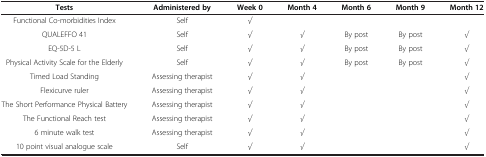
<table><thead><tr><td><b>Tests</b></td><td><b>Administered by</b></td><td><b>Week 0</b></td><td><b>Month 4</b></td><td><b>Month 6</b></td><td><b>Month 9</b></td><td><b>Month 12</b></td></tr></thead><tbody><tr><td>Functional Co-morbidities Index</td><td>Self</td><td><i>√</i></td><td> </td><td> </td><td> </td><td> </td></tr><tr><td>QUALEFFO 41</td><td>Self</td><td><i>√</i></td><td><i>√</i></td><td>By post</td><td>By post</td><td><i>√</i></td></tr><tr><td>EQ-5D-5 L</td><td>Self</td><td><i>√</i></td><td><i>√</i></td><td>By post</td><td>By post</td><td><i>√</i></td></tr><tr><td>Physical Activity Scale for the Elderly</td><td>Self</td><td><i>√</i></td><td><i>√</i></td><td>By post</td><td>By post</td><td><i>√</i></td></tr><tr><td>Timed Load Standing</td><td>Assessing therapist</td><td><i>√</i></td><td><i>√</i></td><td> </td><td> </td><td><i>√</i></td></tr><tr><td>Flexicurve ruler</td><td>Assessing therapist</td><td><i>√</i></td><td><i>√</i></td><td> </td><td> </td><td><i>√</i></td></tr><tr><td>The Short Performance Physical Battery</td><td>Assessing therapist</td><td><i>√</i></td><td><i>√</i></td><td> </td><td> </td><td><i>√</i></td></tr><tr><td>The Functional Reach test</td><td>Assessing therapist</td><td><i>√</i></td><td><i>√</i></td><td> </td><td> </td><td><i>√</i></td></tr><tr><td>6 minute walk test</td><td>Assessing therapist</td><td><i>√</i></td><td><i>√</i></td><td> </td><td> </td><td><i>√</i></td></tr><tr><td>10 point visual analogue scale</td><td>Self</td><td><i>√</i></td><td><i>√</i></td><td> </td><td> </td><td><i>√</i></td></tr></tbody></table>